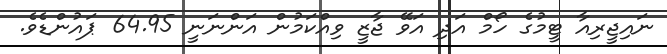
ނައިޖީރިއާ ޓީމުގެ ހޯމް އަދި އަވޭ ޖާޒީ ވިއްކަމުން އަންނަނީ 64.95 ޕައުންޑެވެ.